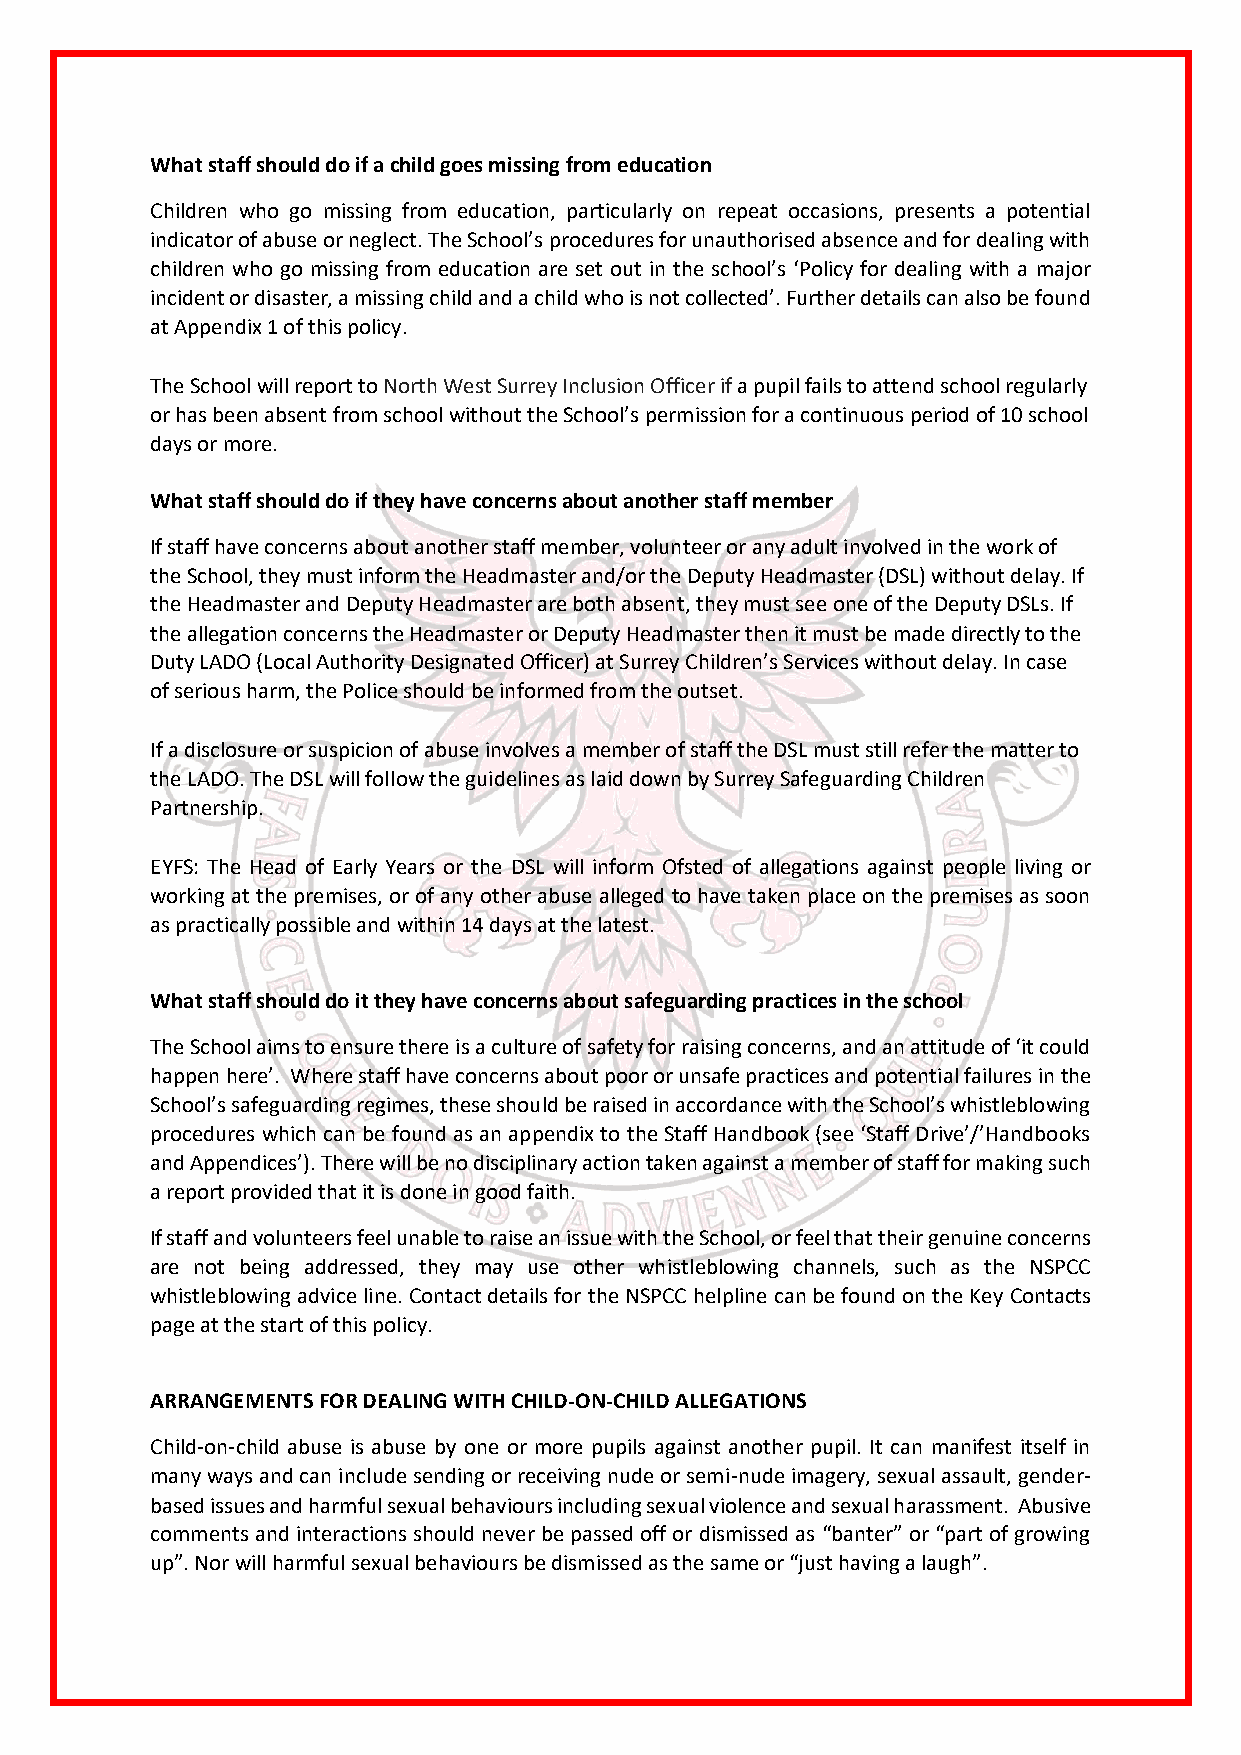
What staff should do if a child goes missing from education
 Children who go missing from education, particularly on repeat occasions, presents a potential
 indicator of abuse or neglect. The School’s procedures for unauthorised absence and for dealing with
 children who go missing from education are set out in the school’s ‘Policy for dealing with a major
 incident or disaster, a missing child and a child who is not collected’. Further details can also be found
 at Appendix 1 of this policy.
 The School will report to North West Surrey Inclusion Officer if a pupil fails to attend school regularly
 or has been absent from school without the School’s permission for a continuous period of 10 school
 days or more.
 What staff should do if they have concerns about another staff member
 If staff have concerns about another staff member, volunteer or any adult involved in the work of
 the School, they must inform the Headmaster and/or the Deputy Headmaster (DSL) without delay. If
 the Headmaster and Deputy Headmaster are both absent, they must see one of the Deputy DSLs. If
 the allegation concerns the Headmaster or Deputy Headmaster then it must be made directly to the
 Duty LADO (Local Authority Designated Officer) at Surrey Children’s Services without delay. In case
 of serious harm, the Police should be informed from the outset.
 If a disclosure or suspicion of abuse involves a member of staff the DSL must still refer the matter to
 the LADO. The DSL will follow the guidelines as laid down by Surrey Safeguarding Children
 Partnership.
 EYFS: The Head of Early Years or the DSL will inform Ofsted of allegations against people living or
 working at the premises, or of any other abuse alleged to have taken place on the premises as soon
 as practically possible and within 14 days at the latest.
 What staff should do it they have concerns about safeguarding practices in the school
 The School aims to ensure there is a culture of safety for raising concerns, and an attitude of ‘it could
 happen here’. Where staff have concerns about poor or unsafe practices and potential failures in the
 School’s safeguarding regimes, these should be raised in accordance with the School’s whistleblowing
 procedures which can be found as an appendix to the Staff Handbook (see ‘Staff Drive’/’Handbooks
 and Appendices’). There will be no disciplinary action taken against a member of staff for making such
 a report provided that it is done in good faith.
 If staff and volunteers feel unable to raise an issue with the School, or feel that their genuine concerns
 are not being addressed, they may use other whistleblowing channels, such as the NSPCC
 whistleblowing advice line. Contact details for the NSPCC helpline can be found on the Key Contacts
 page at the start of this policy.
 ARRANGEMENTS FOR DEALING WITH CHILD-ON-CHILD ALLEGATIONS
 Child-on-child abuse is abuse by one or more pupils against another pupil. It can manifest itself in
 many ways and can include sending or receiving nude or semi-nude imagery, sexual assault, gender-
 based issues and harmful sexual behaviours including sexual violence and sexual harassment. Abusive
 comments and interactions should never be passed off or dismissed as “banter” or “part of growing
 up”. Nor will harmful sexual behaviours be dismissed as the same or “just having a laugh”.